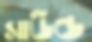
সাউন্ড